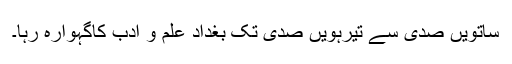
ساتویں صدی سے تیرہویں صدی تک بغداد علم و ادب کاگہوارہ رہا۔